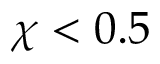
\chi < 0 . 5